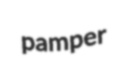
pamper